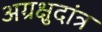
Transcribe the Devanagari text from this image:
अग्रक्षुदांत्र